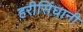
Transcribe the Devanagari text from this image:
हरीसिंघानी